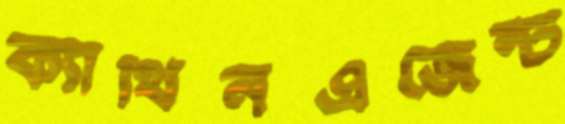
ক্যাথিনএজেন্ট